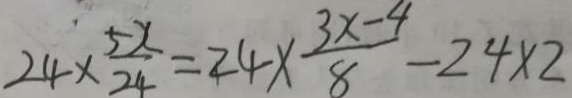
2 4 \times \frac { 5 x } { 2 4 } = 2 4 \times \frac { 3 x - 4 } { 8 } - 2 4 \times 2